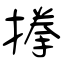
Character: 搼